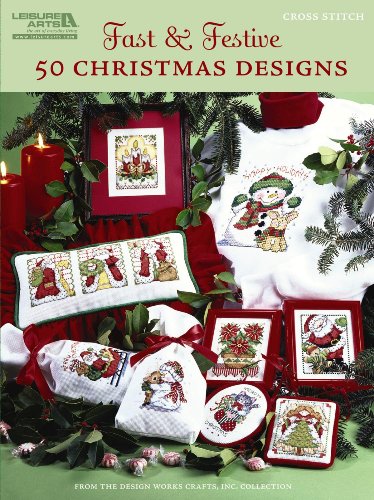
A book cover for Fast & Festive, 50 Christmas Designs  (Leisure Arts #5522); Design Works Crafts Inc; Crafts, Hobbies & Home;